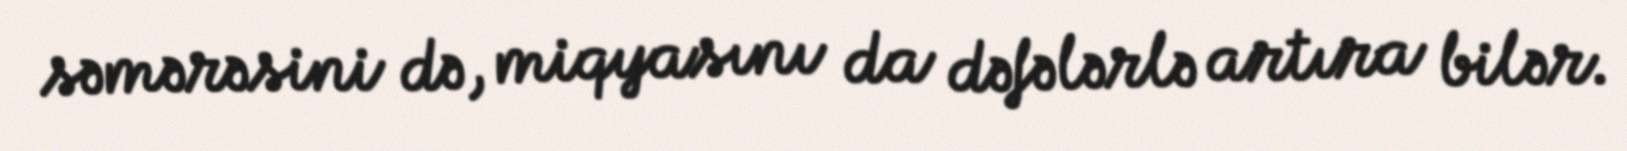
səmərəsini də, miqyasını da dəfələrlə artıra bilər.